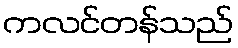
ကလင်တန်သည်